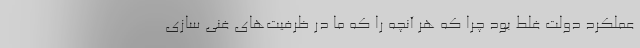
عملکرد دولت غلط بود چرا که هر آنچه را که ما در ظرفیت‌های غنی سازی